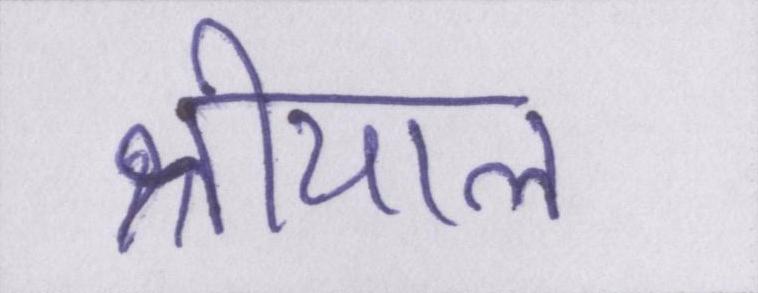
श्रीयाल